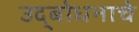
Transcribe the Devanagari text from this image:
उद्‌बोधनाचे